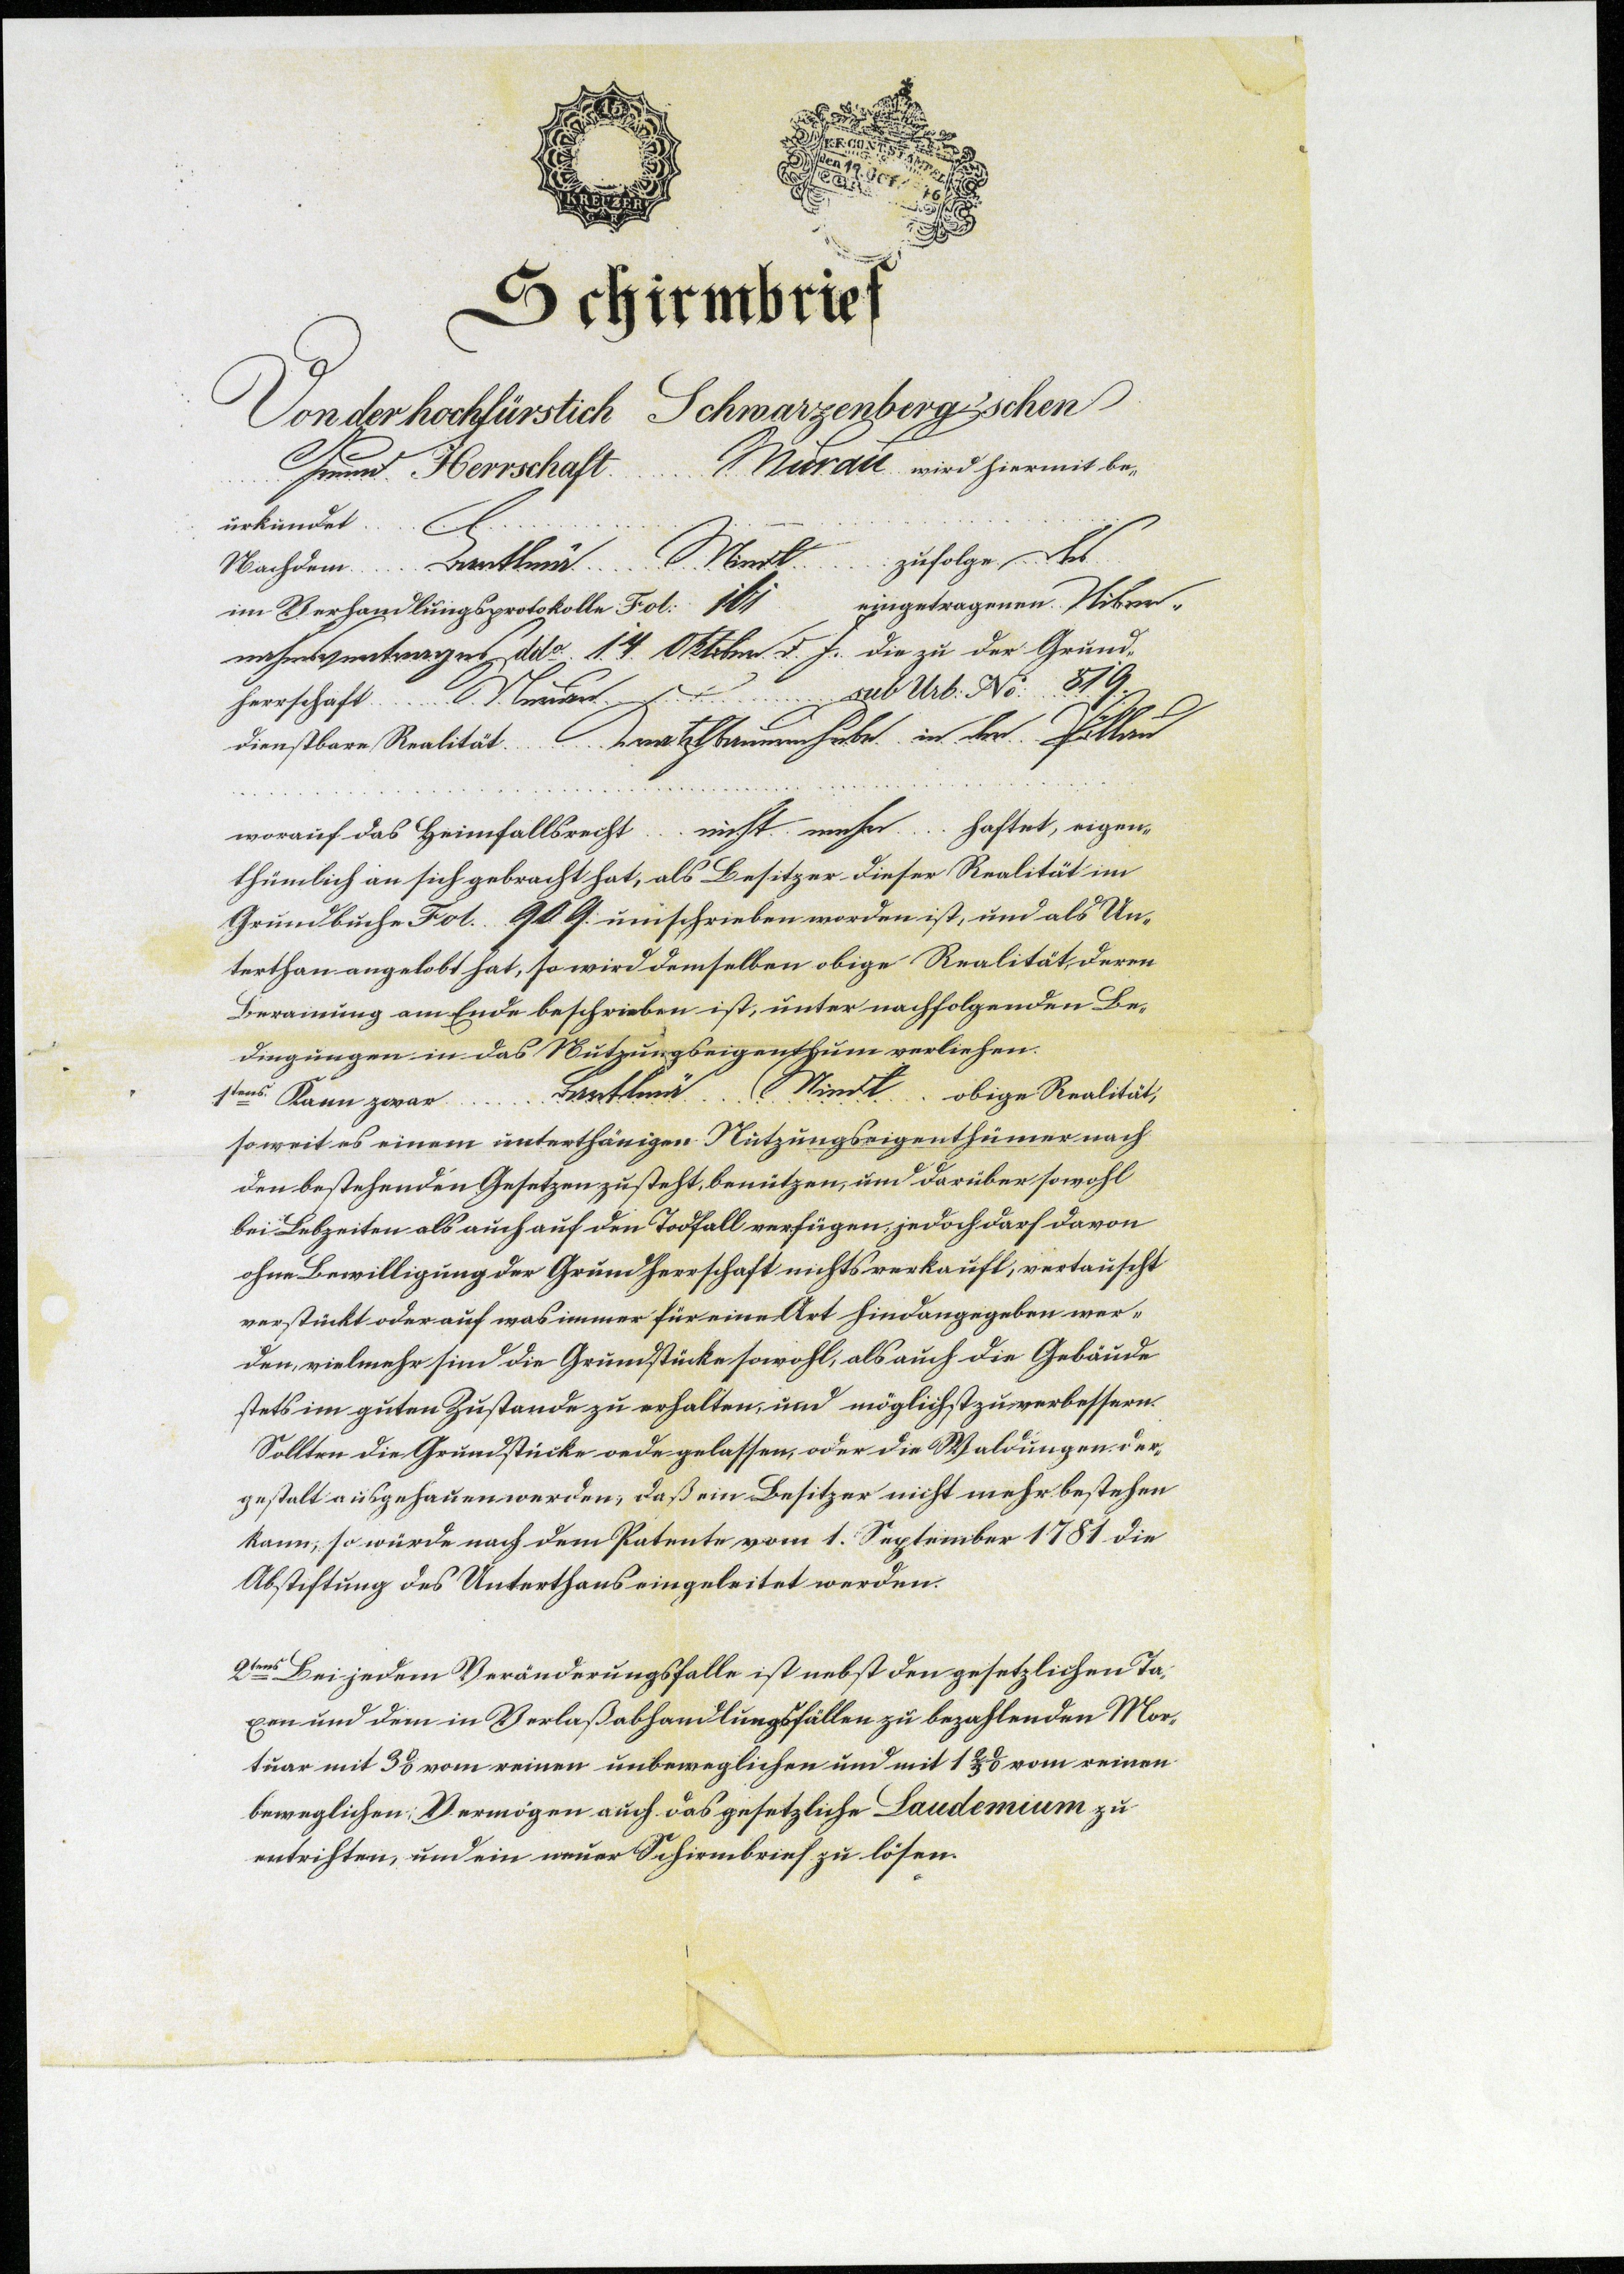
Schirmbrief
Von der hochfürstich Schwarzenberg'schen
Grund Herrschaft Murau wird hiermit be¬
urkundet
Nachdem Bartlmä Wiedl zufolge des
im Verhandlungsprotokolle Fol. 161 eingetragene Uiber¬
nahmsvertrages ddo. 14 Oktober d. J. die zu der Grund¬
herrschaft Murau sub Urb: No: 819.
dienstbare Realität Kratzlbaumerhube in der Pöllau
worauf das Heimfallsrecht nicht mehr haftet, eigen¬
thümlich an sich gebracht hat, als Besitzer dieser Realität im
Grundbuche Fol. 909. umschrieben worden ist, und als Un¬
terthan angelobt hat, so wird demselben obige Realität, deren
Berainung am Ende beschrieben ist, unter nachfolgenden Be¬
dingungen in das Nutzungseigenthum verliehen.
1tens. Kann zwar Bartlmä Wiedl obige Realität,
soweit es einem unterthänigen Nutzungseigenthümer nach
den bestehenden Gesetzen zusteht, benützen, und darüber sowohl
bei Lebzeiten als auch auf den Todfall verfügen, jedoch darf davon
ohne Bewilligung der Grundherrschaft nichts verkauft, vertauscht
verstückt oder auf was immer für eine Art hindangegeben wer¬
den, vielmehr sind die Grundstücke sowohl, als auch die Gebäude
stets im guten Zustande zu erhalten, und möglichst zu verbessern.
Sollten die Grundstücke oede gelassen, oder die Waldungen der¬
gestalt ausgehauen werden, daß ein Besitzer nicht mehr bestehen
kann, so würde nach dem Patente vom 1. September 1781 die
Abstiftung des Unterthans eingeleitet werden.
2tens Bei jedem Veränderungsfalle ist nebst den gesetzlichen Ta¬
xen und dem in Verlaßabhandlungsfällen zu bezahlenden Mor¬
tuar mit 3% vom reinen unbeweglichen und mit 1 2/3% vom reinen
beweglichen Vermögen auch das gesetzliche Laudemium zu
entrichten, und ein neuer Schirmbrief zu lösen.